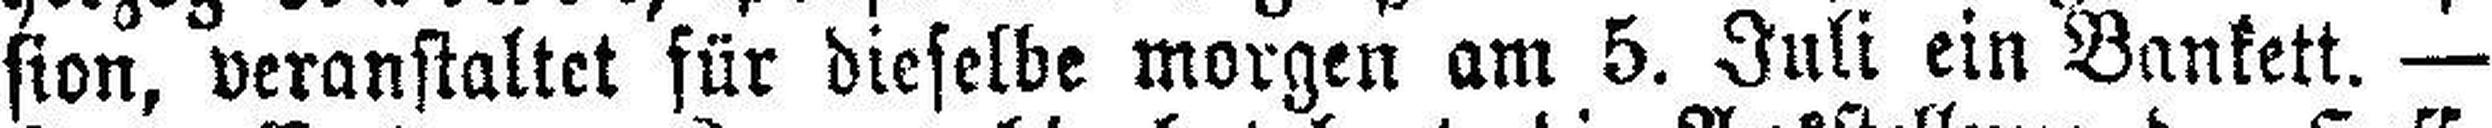
sion, veranstaltet für dieselbe morgen am 5. Juli ein Bankett. —